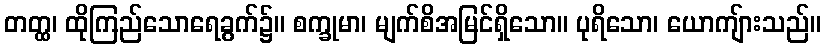
တတ္ထ၊ ထိုကြည်သောရေခွက်၌။ စက္ခုမာ၊ မျက်စိအမြင်ရှိသော။ ပုရိသော၊ ယောကျ်ားသည်။